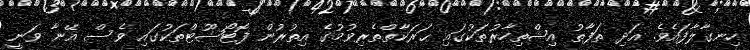
ހިނގާލާފައެވެ. އަދި ތަފާތު އިޝްތިހާރުތަކުގައި ޙަރަކާތްތެރިވުމުގެ އިތުރުން ފޮޓޯޝޫޓްތަކުގައި ވެސް އޭނާ ވަނީ